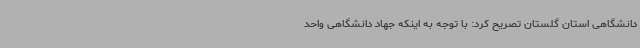
دانشگاهی استان گلستان تصریح کرد: با توجه به اینکه جهاد دانشگاهی واحد